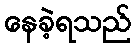
နေခဲ့ရသည်